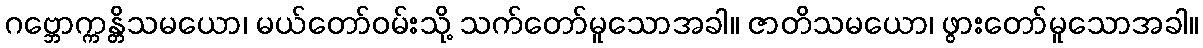
ဂဗ္ဘောက္ကန္တိသမယော၊ မယ်တော်ဝမ်းသို့ သက်တော်မူသောအခါ။ ဇာတိသမယော၊ ဖွားတော်မူသောအခါ။